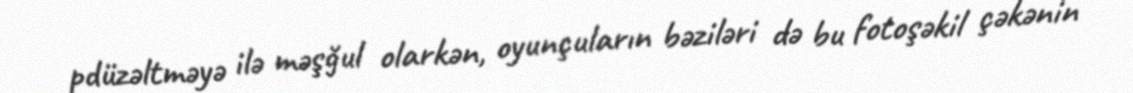
pdüzəltməyə ilə məşğul olarkən, oyunçuların bəziləri də bu fotoşəkil çəkənin